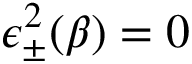
\epsilon _ { \pm } ^ { 2 } ( \beta ) = 0